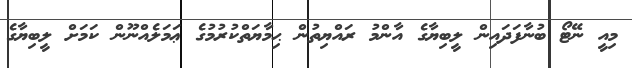
މިއީ ނޭޓޯ ބުނާފަދައިން ލީބިޔާގެ އާންމު ރައްޔިތުން ޙިމާޔަތްކުރުމުގެ ޢަމަލެއްނޫން ކަމަށް ލީބިޔާގެ